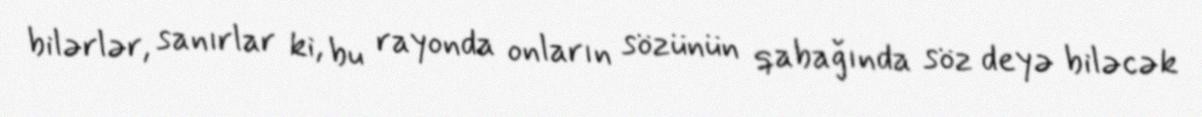
bilərlər, sanırlar ki, bu rayonda onların sözünün qabağında söz deyə biləcək